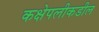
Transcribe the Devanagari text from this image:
कक्षेपलीकडील